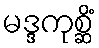
မဒ္ဒကုစ္ဆိံ